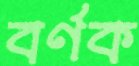
বর্ণক